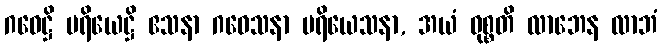
ဂဝေဋ္ဌိ ပရိယေဋ္ဌိ ဧသနာ ဂဝေသနာ ပရိယေသနာ, အယံ ဝုစ္စတိ လာဘေန လာဘံ